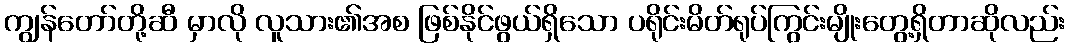
ကျွန်တော်တို့ဆီ မှာလို လူသား၏အစ ဖြစ်နိုင်ဖွယ်ရှိသော ပရိုင်းမိတ်ရုပ်ကြွင်းမျိုးတွေ့ရှိတာဆိုလည်း